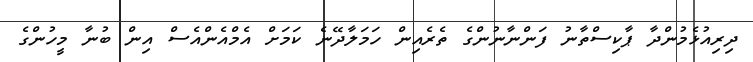
ދިރިއުޅެމުންދާ ޕާކިސްތާނު ފަންނާނުންގެ ތެރެއިން ހަމަލާދޭނެ ކަމަށް އެމްއެންއެސް އިން ބުނާ މީހުންގެ